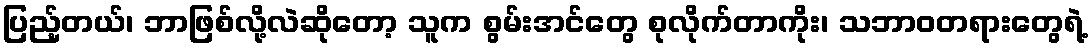
ပြည့်တယ်၊ ဘာဖြစ်လို့လဲဆိုတော့ သူက စွမ်းအင်တွေ စုလိုက်တာကိုး၊ သဘာဝတရားတွေရဲ့